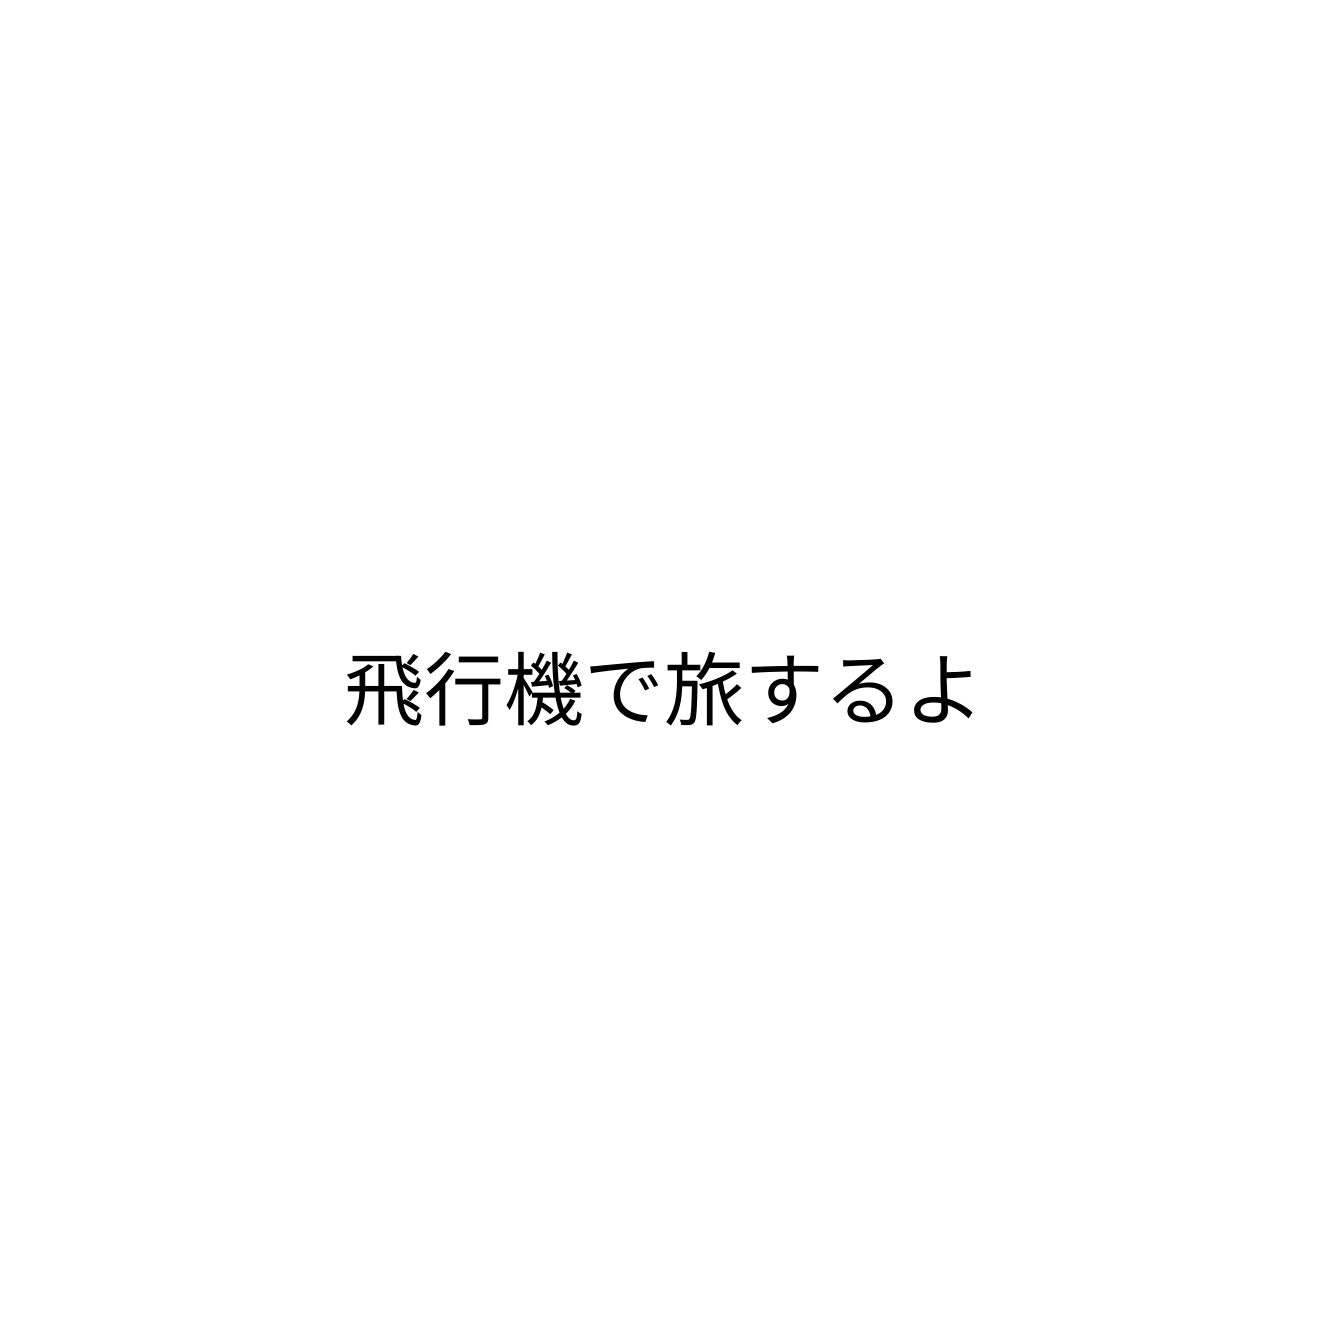
飛行機で旅するよ